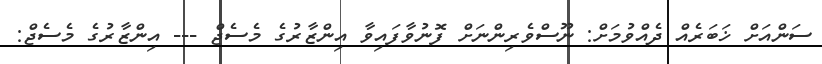
ސަންއަށް ޚަބަރެއް ދެއްވުމަށް: ނޫސްވެރިންނަށް ފޮނުވާފައިވާ އިންޒާރުގެ މެސެޖް --- އިންޒާރުގެ މެސެޖް: